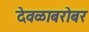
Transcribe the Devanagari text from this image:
देवळाबरोबर